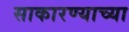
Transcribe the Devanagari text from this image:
साकारण्याच्या